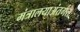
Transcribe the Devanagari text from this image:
मंत्रालयाअंतर्गत